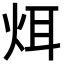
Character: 𪸥